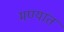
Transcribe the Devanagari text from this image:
मण्यांत